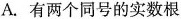
A.有两个同号的实数根